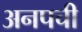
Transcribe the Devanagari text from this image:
अनपची